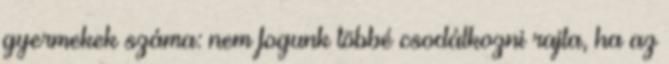
gyermekek száma: nem fogunk többé csodálkozni rajta, ha az